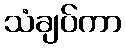
သံချပ်ကာ